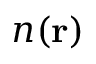
n ( \mathbf { r } )